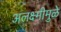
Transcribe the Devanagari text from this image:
अलक्ष्मीमुळे